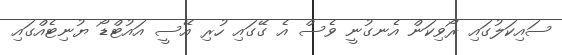
ސައިކަލުގައި ރޯވިކަން އެނގުނީ ވެސް އެ ގޭގައި ހުރި އޭސީ އައުޓްޑޯ ޔުނިޓެއްގައި